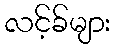
လင့်ခ်များ